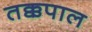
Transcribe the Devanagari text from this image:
तक्कपाल